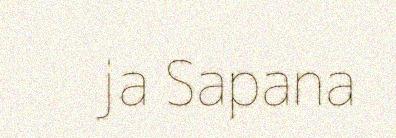
ja Sapana